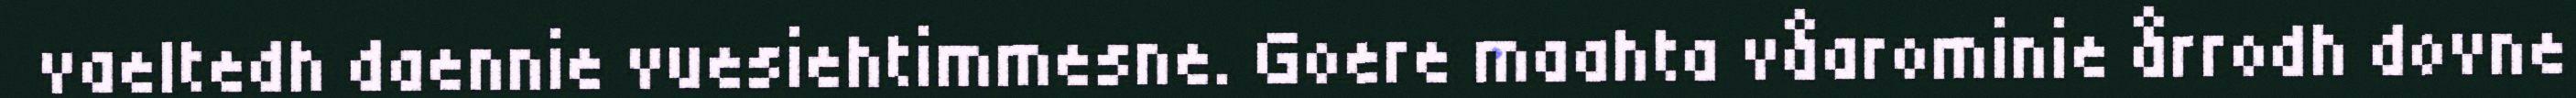
vaeltedh daennie vuesiehtimmesne. Goere maahta våarominie årrodh dovne